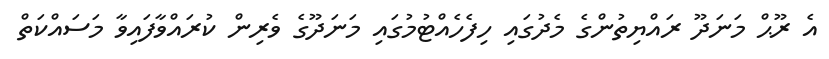
އެ ރޫޙް މަނަދޫ ރައްޔިތުންގެ މެދުގައި ހިފެހެއްޓުމުގައި މަނަދޫގެ ވެރިން ކުރައްވާފައިވާ މަސައްކަތް